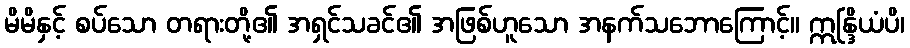
မိမိနှင့် စပ်သော တရားတို့၏ အရှင်သခင်၏ အဖြစ်ဟူသော အနက်သဘောကြောင့်။ ဣန္ဒြိယံပိ၊